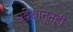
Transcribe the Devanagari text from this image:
संदेशातूनही